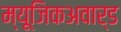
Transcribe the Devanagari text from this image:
म्यूजिकअवार्ड